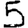
Digit: 5